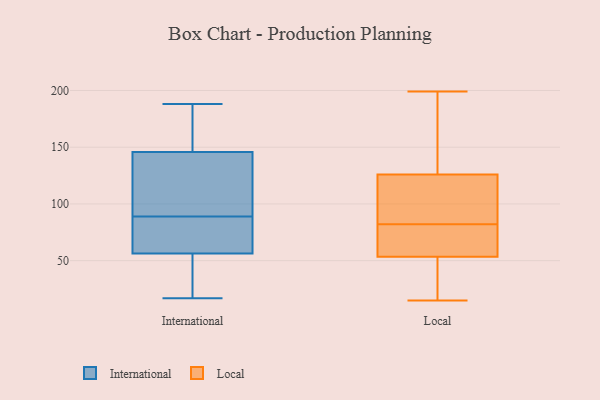
{"axis": {"x": "Market Share (%)", "y": "Value"}, "legend": ["International", "Local"], "data": [{"x": "", "y": 61, "type": "International"}, {"x": "", "y": 159, "type": "International"}, {"x": "", "y": 81, "type": "International"}, {"x": "", "y": 74, "type": "International"}, {"x": "", "y": 148, "type": "International"}, {"x": "", "y": 103, "type": "International"}, {"x": "", "y": 126, "type": "International"}, {"x": "", "y": 89, "type": "International"}, {"x": "", "y": 42, "type": "International"}, {"x": "", "y": 26, "type": "International"}, {"x": "", "y": 188, "type": "International"}, {"x": "", "y": 145, "type": "International"}, {"x": "", "y": 17, "type": "International"}, {"x": "", "y": 67, "type": "Local"}, {"x": "", "y": 55, "type": "Local"}, {"x": "", "y": 185, "type": "Local"}, {"x": "", "y": 199, "type": "Local"}, {"x": "", "y": 158, "type": "Local"}, {"x": "", "y": 102, "type": "Local"}, {"x": "", "y": 20, "type": "Local"}, {"x": "", "y": 64, "type": "Local"}, {"x": "", "y": 100, "type": "Local"}, {"x": "", "y": 33, "type": "Local"}, {"x": "", "y": 16, "type": "Local"}, {"x": "", "y": 91, "type": "Local"}, {"x": "", "y": 115, "type": "Local"}, {"x": "", "y": 73, "type": "Local"}, {"x": "", "y": 52, "type": "Local"}, {"x": "", "y": 137, "type": "Local"}, {"x": "", "y": 181, "type": "Local"}, {"x": "", "y": 15, "type": "Local"}, {"x": "", "y": 71, "type": "Local"}, {"x": "", "y": 104, "type": "Local"}]}